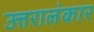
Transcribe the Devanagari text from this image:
उत्तरालंकार